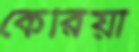
কেরিয়া